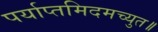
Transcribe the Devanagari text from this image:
पर्याप्तमिदमच्युत॥